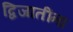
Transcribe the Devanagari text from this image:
द्विजातींना